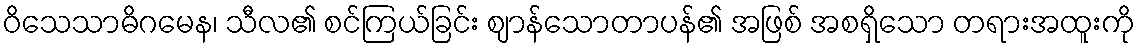
ဝိသေသာဓိဂမေန၊ သီလ၏ စင်ကြယ်ခြင်း ဈာန်သောတာပန်၏ အဖြစ် အစရှိသော တရားအထူးကို